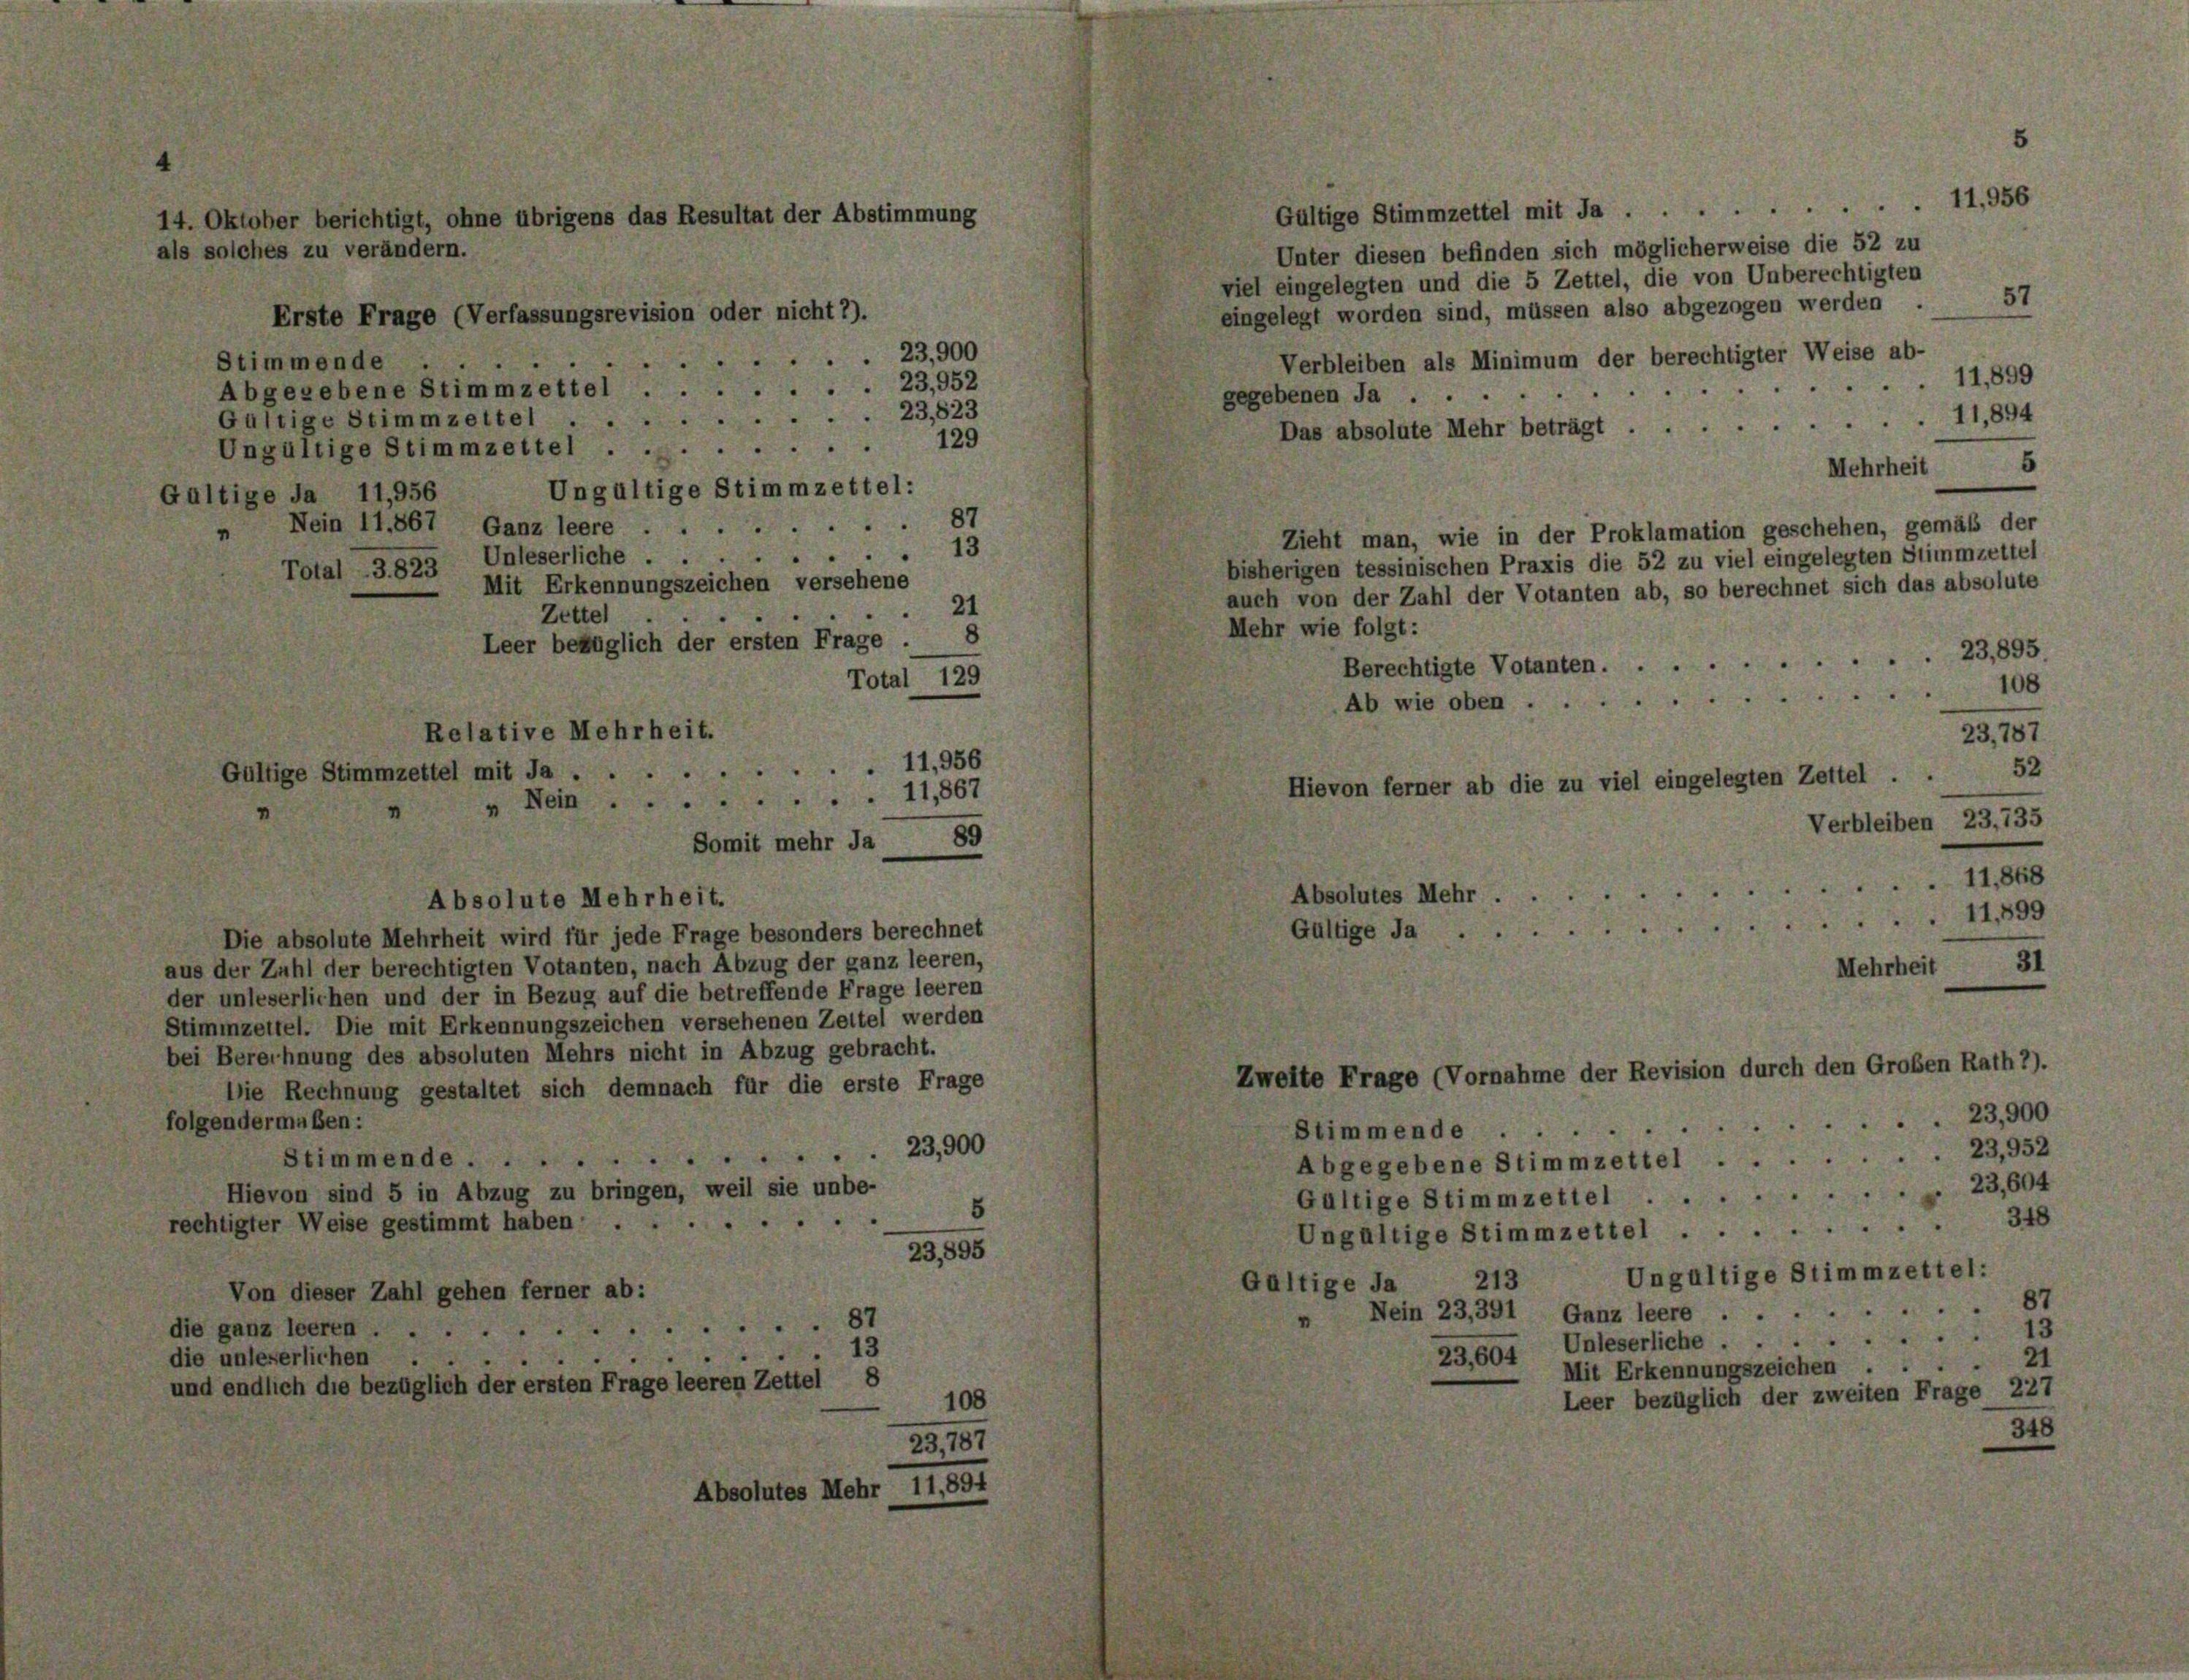
14. Oktober berichtigt, ohne übrigens das Resultat der Abstimmung
als solches zu verändern.
Erste Frage (Verfassungsrevision oder nicht 2).

Gültige Stimmzettel mit Ja . . .

Gültige Stimmzettel mit Ja .
Unter diesen befinden sich möglicherweise die 52 zu
viel eingelegten und die 5 Zettel, die von Unberechtigten
57
eingelegt worden sind, müssen also abgezogen werden
23,900
Verbleiben als Minimum der berechtigter Weise ab-
e
Stimmende
11,899
23,952
Abgegebene Stimmzettel
gegebenen Ja ..
23,823
11,894
Gültige Stimmzettel
Das absolute Mehr beträgt .
129
Ungültige Stimmzettel.
Mehrheit 5
Ungültige Stimmzettel:
Gültige Ja 11,956
87
Nein 11,867
5
Ganz leere.
“
Zieht man, wie in der Proklamation geschehen, gemäß der
13
4
Unleserliche . .
bisherigen tessinischen Praxis die 52 zu viel eingelegten Stimmzettel
Total - 3823
Mit Erkennungszeichen versehene
auch von der Zahl der Votanten ab, so berechnet sich das absolute
21
Zettel.
Mehr wie folgt:
8
Leer bezüglich der ersten Frage
23,895.
Berechtigte Votanten.
Total 129
108
Ab wie oben
Relative Mehrheit.
23,787
11,956
52
Hievon ferner ab die zu viel eingelegten Zettel . .
» Nein11,867
Somit mehr Ja 89
Absolutes Mehr ..
Absolute Mehrheit.
11,899
Gültige Ja ..
Die absolute Mehrheit wird für jede Frage besonders berechnet
aus der Zahl der berechtigten Votanten, nach Abzug der ganz leeren,
Mehrheit 31
der unleserlichen und der in Bezug auf die betreffende Frage leeren
Stimmzettel. Die mit Erkennungszeichen versehenen Zeitel werden
bei Berechnung des absoluten Mehrs nicht in Abzug gebracht.
Zweite Frage (Vornahme der Revision durch den Großen Rath 1).
Die Rechnung gestaltet sich demnach für die erste Frage
23,900
folgendermaßen:
Stimmende .
23,900
23,952
Stimmende ..
Abgegebene Stimmzettel ..
23,604
Hievon sind 5 in Abzug zu bringen, weil sie unbe-
Gültige Stimmzettel
5
348
d
rechtigter Weise gestimmt haben . .
Ungültige Stimmzettel ...
23,895
Ungültige Stimmzettel:
213
Gültige Ja
Von dieser Zahl gehen ferner ab:
87
Nein 23, 391 Ganz leere
87
die ganz leeren .

23,604 Unleserliche 13
13
21
die unleserlichen
Mit Erkennungszeichen . .
und endlich die bezüglich der ersten Frage leeren Zettel 8
Leer bezüglich der zweiten Frage 227
108
348
29,767
Absolutes Mehr 11,894

Verbleiben 23,735
11,868

14,956